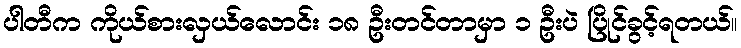
ပါတီက ကိုယ်စားလှယ်လောင်း ၁၈ ဦးတင်တာမှာ ၁ ဦးပဲ ပြိုင်ခွင့်ရတယ်။